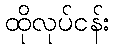
ထိုလုပ်ငန်း